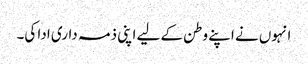
انہوں نے اپنے وطن کے لیے اپنی ذمہ داری ادا کی۔